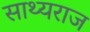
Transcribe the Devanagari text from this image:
साथ्यराज